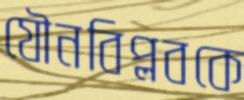
যৌনবিপ্লবকে